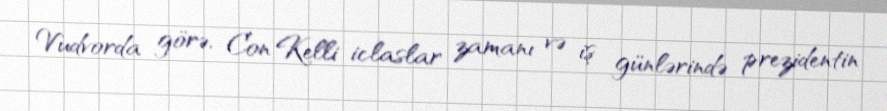
Vudvorda görə, Con Kelli iclaslar zamanı və iş günlərində prezidentin